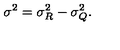
\sigma ^ { 2 } = \sigma _ { R } ^ { 2 } - \sigma _ { Q } ^ { 2 } .